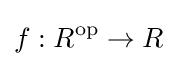
f:R^{\text{op}}\to R